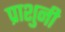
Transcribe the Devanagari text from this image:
प्राशुनी